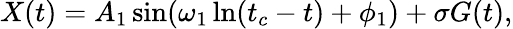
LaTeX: X(t)=A_{1}\sin(\omega_{1}\ln(t_{c}-t)+\phi_{1})+\sigma G(t),